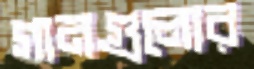
গানগুলোর